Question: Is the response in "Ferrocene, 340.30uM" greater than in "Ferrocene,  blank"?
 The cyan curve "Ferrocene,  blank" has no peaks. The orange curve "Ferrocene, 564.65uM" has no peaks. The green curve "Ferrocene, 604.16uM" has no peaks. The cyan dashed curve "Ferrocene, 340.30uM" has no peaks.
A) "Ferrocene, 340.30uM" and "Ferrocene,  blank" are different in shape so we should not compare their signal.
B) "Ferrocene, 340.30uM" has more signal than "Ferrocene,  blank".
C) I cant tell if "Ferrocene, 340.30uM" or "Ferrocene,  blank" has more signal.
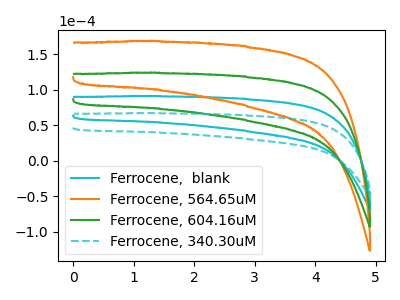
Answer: <think>Neither "Ferrocene, 340.30uM" or "Ferrocene,  blank" have any peaks.
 </think>
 <answer>C) I cant tell if "Ferrocene, 340.30uM" or "Ferrocene,  blank" has more signal.</answer>
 <eval>C</eval>